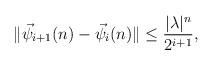
LaTeX: \begin{align*} \begin{aligned} \|\vec{\psi}_{i+1}(n)-\vec{\psi}_{i}(n)\|&\leq \frac{|\lambda|^n}{2^{i+1}}, \end{aligned} \end{align*}